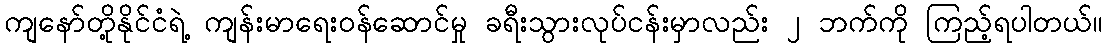
ကျနော်တို့နိုင်ငံရဲ့ ကျန်းမာရေးဝန်ဆောင်မှု ခရီးသွားလုပ်ငန်းမှာလည်း ၂ ဘက်ကို ကြည့်ရပါတယ်။